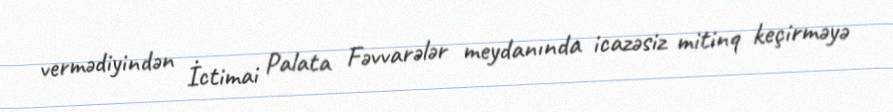
vermədiyindən İctimai Palata Fəvvarələr meydanında icazəsiz mitinq keçirməyə